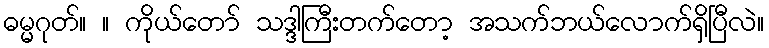
ဓမ္မဂုတ်။ ။ ကိုယ်တော် သဒ္ဒါကြီးတက်တော့ အသက်ဘယ်လောက်ရှိပြီလဲ။